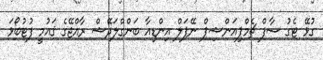
ގުޅޭ ޓެގު ސާފް ޗެމްޕިއަންޝިޕް ނޭޕަލް އިންޑިއާ ބަންގްލަދޭޝް ރާއްޖޭގެ ޤައުމީ ފުޓުބޯޅަ